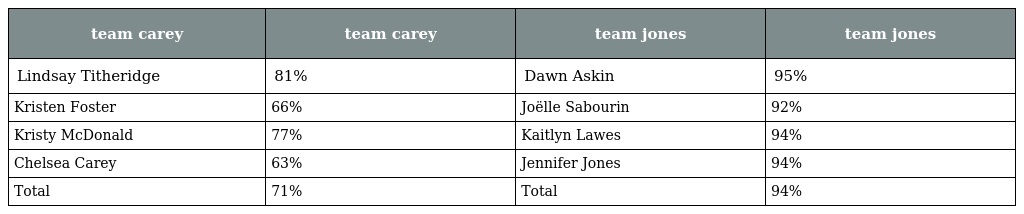
| team carey | team carey | team jones | team jones |
 | --- | --- | --- | --- |
 | Lindsay Titheridge | 81% | Dawn Askin | 95% |
 | Kristen Foster | 66% | Joëlle Sabourin | 92% |
 | Kristy McDonald | 77% | Kaitlyn Lawes | 94% |
 | Chelsea Carey | 63% | Jennifer Jones | 94% |
 | Total | 71% | Total | 94% |